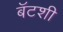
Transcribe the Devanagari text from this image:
बॅटशी